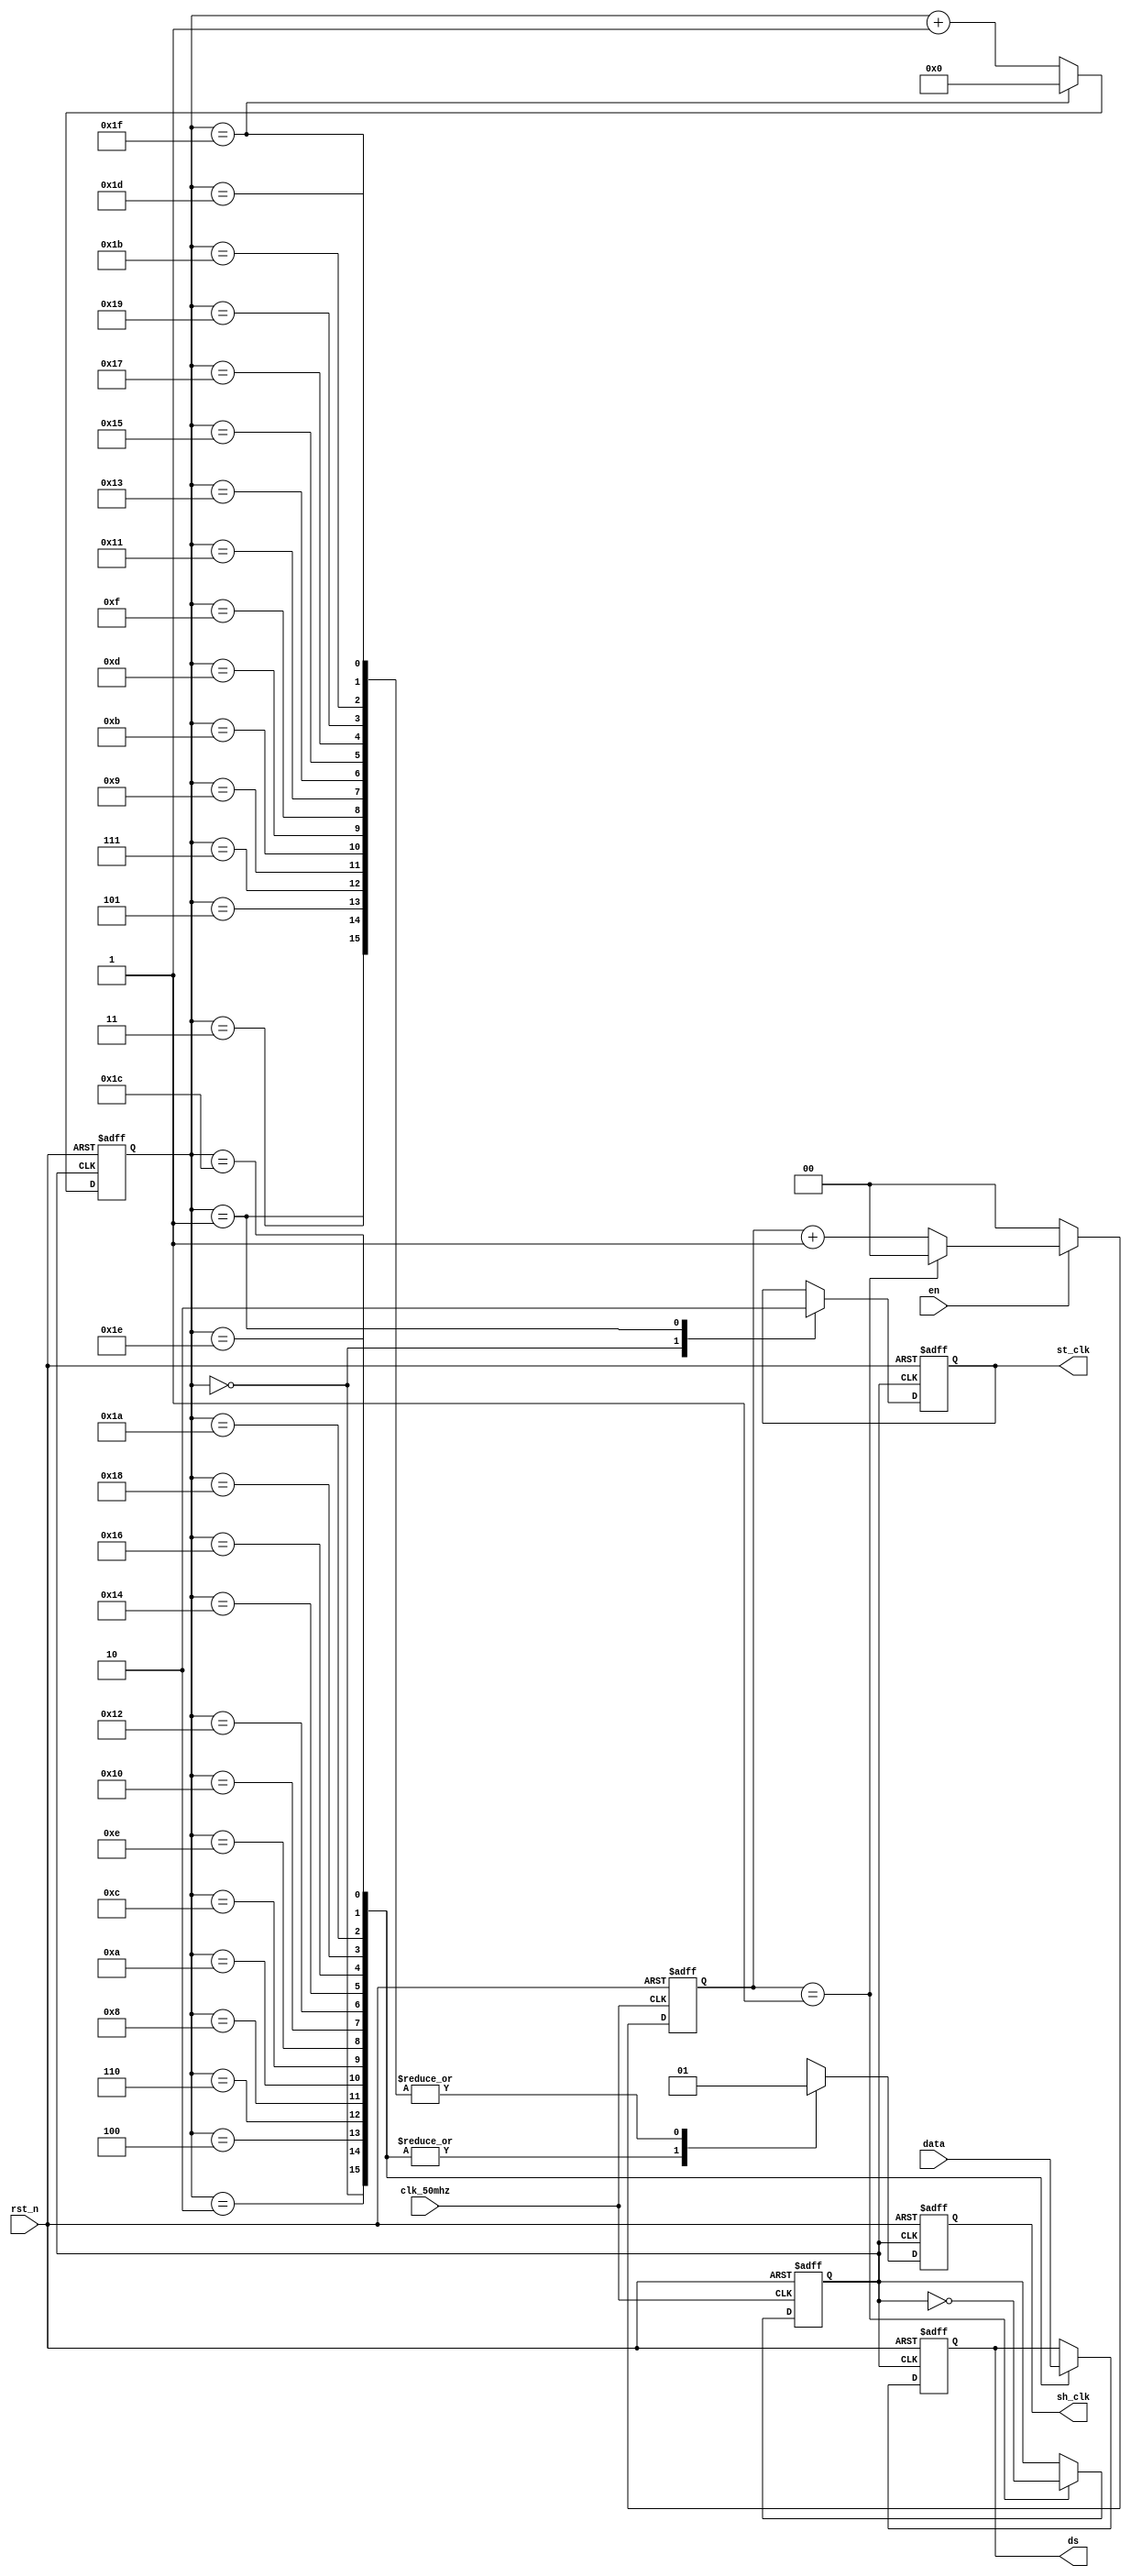
/**
* @brief:
* 74HC595,595
* sh_clkst_clk
*
* 12.5MHz: 80ns
* 80ns / 20ns = 4;
* 2.
*
* ,{sel, seg}74HC959
*
* sel/seg -->  --> 74HC595 --> 
*/
module hc595_driver(
	input wire clk_50mhz,
	input wire rst_n,
	input wire en,
	input wire [15:0] data,
	output reg ds,
	output reg sh_clk,
	output reg st_clk
);

parameter CNT_12_5MHZ = 1;

// 50MHz -> 12.5 MHz
reg [1:0] cnt;
always @(posedge clk_50mhz or negedge rst_n)
	if (rst_n == 1'b0)
		cnt <= 2'd0;
	else if (en) begin
		if (cnt == CNT_12_5MHZ)
			cnt <= 2'd0;
		else
			cnt <= cnt + 1'b1;
	end
	else
		cnt <= 2'd0;

reg clk_12_5mhz;
always @(posedge clk_50mhz or negedge rst_n)
	if (rst_n == 1'b0)
		clk_12_5mhz <= 1'b0;
	else if (cnt == CNT_12_5MHZ)
		clk_12_5mhz <= ~clk_12_5mhz;
	else
		clk_12_5mhz <= clk_12_5mhz;


// 12.5Mhzsh_clkst_clk
reg [4:0] cnt_edge;
always @(posedge clk_12_5mhz or negedge rst_n)
	if (rst_n == 1'b0)
		cnt_edge <= 5'd0;
	else if (cnt_edge == 5'd31)
		cnt_edge <= 5'd0;
	else
		cnt_edge <= cnt_edge + 1'b1;

always @(posedge clk_12_5mhz or negedge rst_n)
	if (rst_n == 1'b0) begin
		sh_clk <= 1'b0;
		st_clk <= 1'b0;
		ds <= 1'b0;
	end
	else
		case(cnt_edge)
			5'd0:begin sh_clk<=1'b0;st_clk<=1'b1;ds<=data[15];end
			5'd1:begin sh_clk<=1'b1;st_clk<=1'b0;end
			5'd2:begin sh_clk<=1'b0;ds<=data[14];end
			5'd3:begin sh_clk<=1'b1;end
			5'd4:begin sh_clk<=1'b0;ds<=data[13];end
			5'd5:begin sh_clk<=1'b1;end
			5'd6:begin sh_clk<=1'b0;ds<=data[12];end
			5'd7:begin sh_clk<=1'b1;end
			5'd8:begin sh_clk<=1'b0;ds<=data[11];end
			5'd9:begin sh_clk<=1'b1;end
			5'd10:begin sh_clk<=1'b0;ds<=data[10];end
			5'd11:begin sh_clk<=1'b1;end
			5'd12:begin sh_clk<=1'b0;ds<=data[9];end
			5'd13:begin sh_clk<=1'b1;end
			5'd14:begin sh_clk<=1'b0;ds<=data[8];end
			5'd15:begin sh_clk<=1'b1;end
			5'd16:begin sh_clk<=1'b0;ds<=data[7];end
			5'd17:begin sh_clk<=1'b1;end
			5'd18:begin sh_clk<=1'b0;ds<=data[6];end
			5'd19:begin sh_clk<=1'b1;end
			5'd20:begin sh_clk<=1'b0;ds<=data[5];end
			5'd21:begin sh_clk<=1'b1;end
			5'd22:begin sh_clk<=1'b0;ds<=data[4];end
			5'd23:begin sh_clk<=1'b1;end
			5'd24:begin sh_clk<=1'b0;ds<=data[3];end
			5'd25:begin sh_clk<=1'b1;end
			5'd26:begin sh_clk<=1'b0;ds<=data[2];end
			5'd27:begin sh_clk<=1'b1;end
			5'd28:begin sh_clk<=1'b0;ds<=data[1];end
			5'd29:begin sh_clk<=1'b1;end
			5'd30:begin sh_clk<=1'b0;ds<=data[0];end
			5'd31:begin sh_clk<=1'b1;end
			default:;
		endcase
		
endmodule